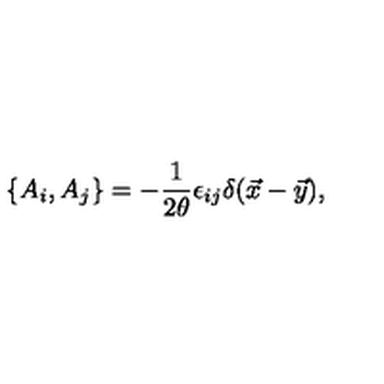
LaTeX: \{ A _ { i } , A _ { j } \} = - { \frac { 1 } { 2 \theta } } \epsilon _ { i j } \delta ( \vec { x } - \vec { y } ) ,